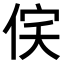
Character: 𬾔